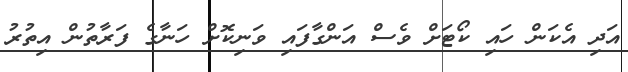
އަދި އެކަން ހައި ކޯޓަށް ވެސް އަންގާފައި ވަނިކޮށް ހަނާގެ ފަރާތުން އިތުރު